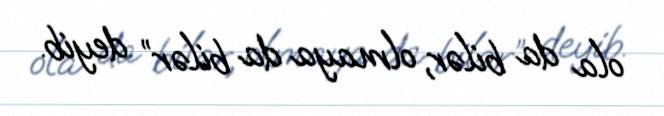
ola da bilər, olmaya da bilər” deyib.